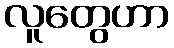
လူတွေဟာ